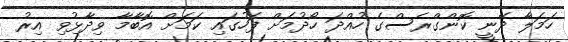
ހަމަލާ ދޭނީ ކޮންގްރެސްގެ ހުއްދަ ހޯދުމަށް ފަހުގައި ކަމަށް އޮބާމާ ވިދާޅުވި އިރު